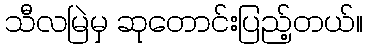
သီလမြဲမှ ဆုတောင်းပြည့်တယ်။